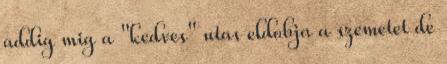
addig mig a "kedves" utas eldobja a szemetet de